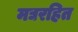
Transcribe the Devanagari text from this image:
मद्यरहित